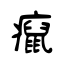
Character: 癙